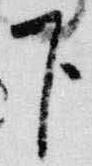
下